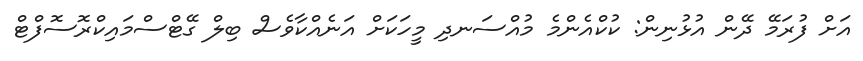
އަށް ފުރަމޭ ދޭން އުޅުނިން: ކުކްއެންމެ މުއްސަނދި މީހަކަށް އަނެއްކާވެސް ބިލް ގޭޓްސްމައިކްރޮސޮފްޓް